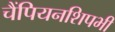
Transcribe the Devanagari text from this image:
चैंपियनशिपभी